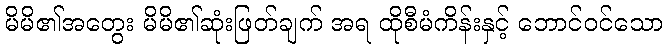
မိမိ၏အတွေး မိမိ၏ဆုံးဖြတ်ချက် အရ ထိုစီမံကိန်းနှင့် ဘောင်ဝင်သော